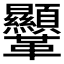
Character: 𩎍